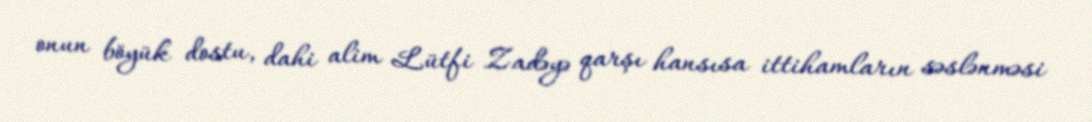
onun böyük dostu, dahi alim Lütfi Zadəyə qarşı hansısa ittihamların səslənməsi